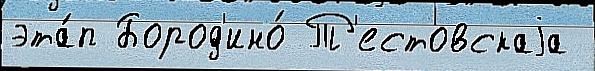
эта́п Бород'ино́ Т'естовскаjа